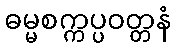
ဓမ္မစက္ကပ္ပဝတ္တနံ